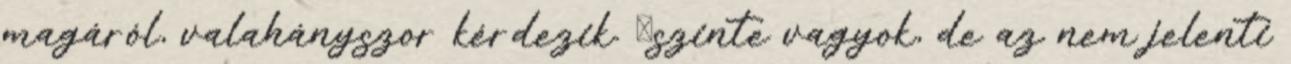
magáról, valahányszor kérdezik. Őszinte vagyok, de az nem jelenti